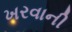
ખરવાની